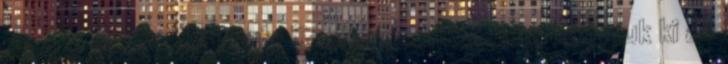
de azt is kipróbáltunk. Szerencsénkre nem hánytuk ki az